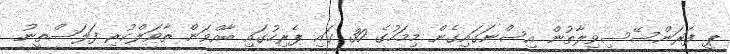
ޕީ ފަރަންސޭސިވިލާތުން އިސްނަގައިގެން މިމަހުގެ 30 ގައި ޕެރިހުގައި ބާއްވަން ތާވަލްކުރި ފަލަސްތީނު